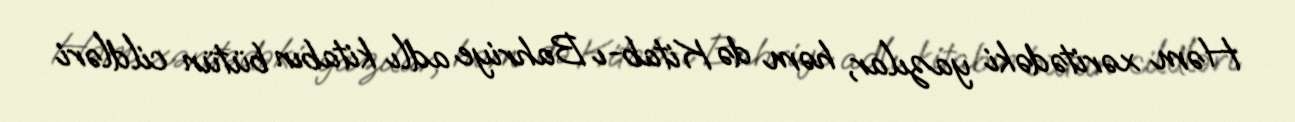
Həm xəritədəki yazılar, həm də Kitab-ı Bahriye adlı kitabın bütün cildləri